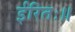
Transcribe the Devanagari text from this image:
ईरितः॥